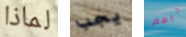
لماذا يجب حبهم